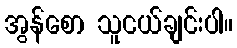
အွန်စော သူငယ်ချင်းပါ။